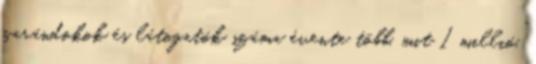
zarándokok és látogatók száma évente több, mit 1 millió.”